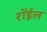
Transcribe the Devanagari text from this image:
रॉईल